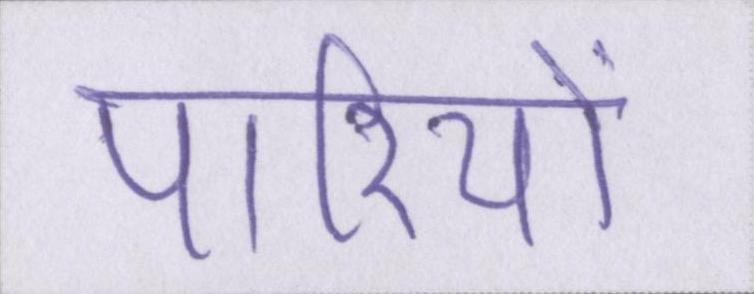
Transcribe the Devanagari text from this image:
पारियों